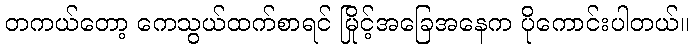
တကယ်တော့ ကေသွယ်ထက်စာရင် မြိုင့်အခြေအနေက ပိုကောင်းပါတယ်။